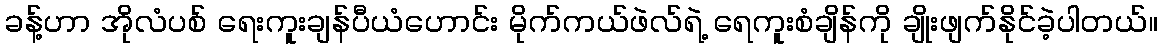
ခန့်ဟာ အိုလံပစ် ရေးကူးချန်ပီယံဟောင်း မိုက်ကယ်ဖဲလ်ရဲ့ ရေကူးစံချိန်ကို ချိုးဖျက်နိုင်ခဲ့ပါတယ်။